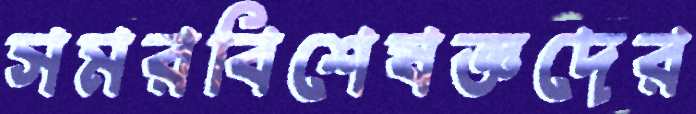
সমরবিশেষজ্ঞদের